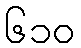
၆၁၀